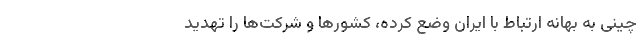
چینی به بهانه ارتباط با ایران وضع کرده، کشورها و شرکت‌ها را تهدید